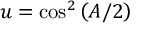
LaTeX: u = \cos ^ { 2 } \left( A / 2 \right)